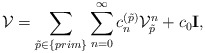
\begin{align*}{\cal V}=\sum_{\tilde p\in\{prim\}}\sum_{n=0}^{\infty}c_n^{(\tilde p)}{\cal V}_{\tilde p}^n + c_0{{\bf I}}, \end{align*}